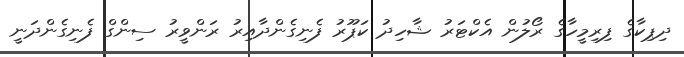
ދިޕިކާގެ ފިރިމީހާގެ ރޯލުން އެކްޓަރު ޝާހިދު ކަޕޫރު ފެނިގެންދާއިރު ރަންވީރު ސިންގް ފެނިގެންދަނީ